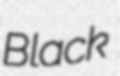
Black